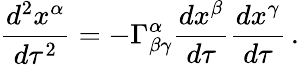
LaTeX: {\frac{d^{2}x^{\alpha}}{d\tau^{2}}}=-\Gamma_{\beta\gamma}^{\alpha}{\frac{dx^{\beta}}{d\tau}}{\frac{dx^{\gamma}}{d\tau}}\, .